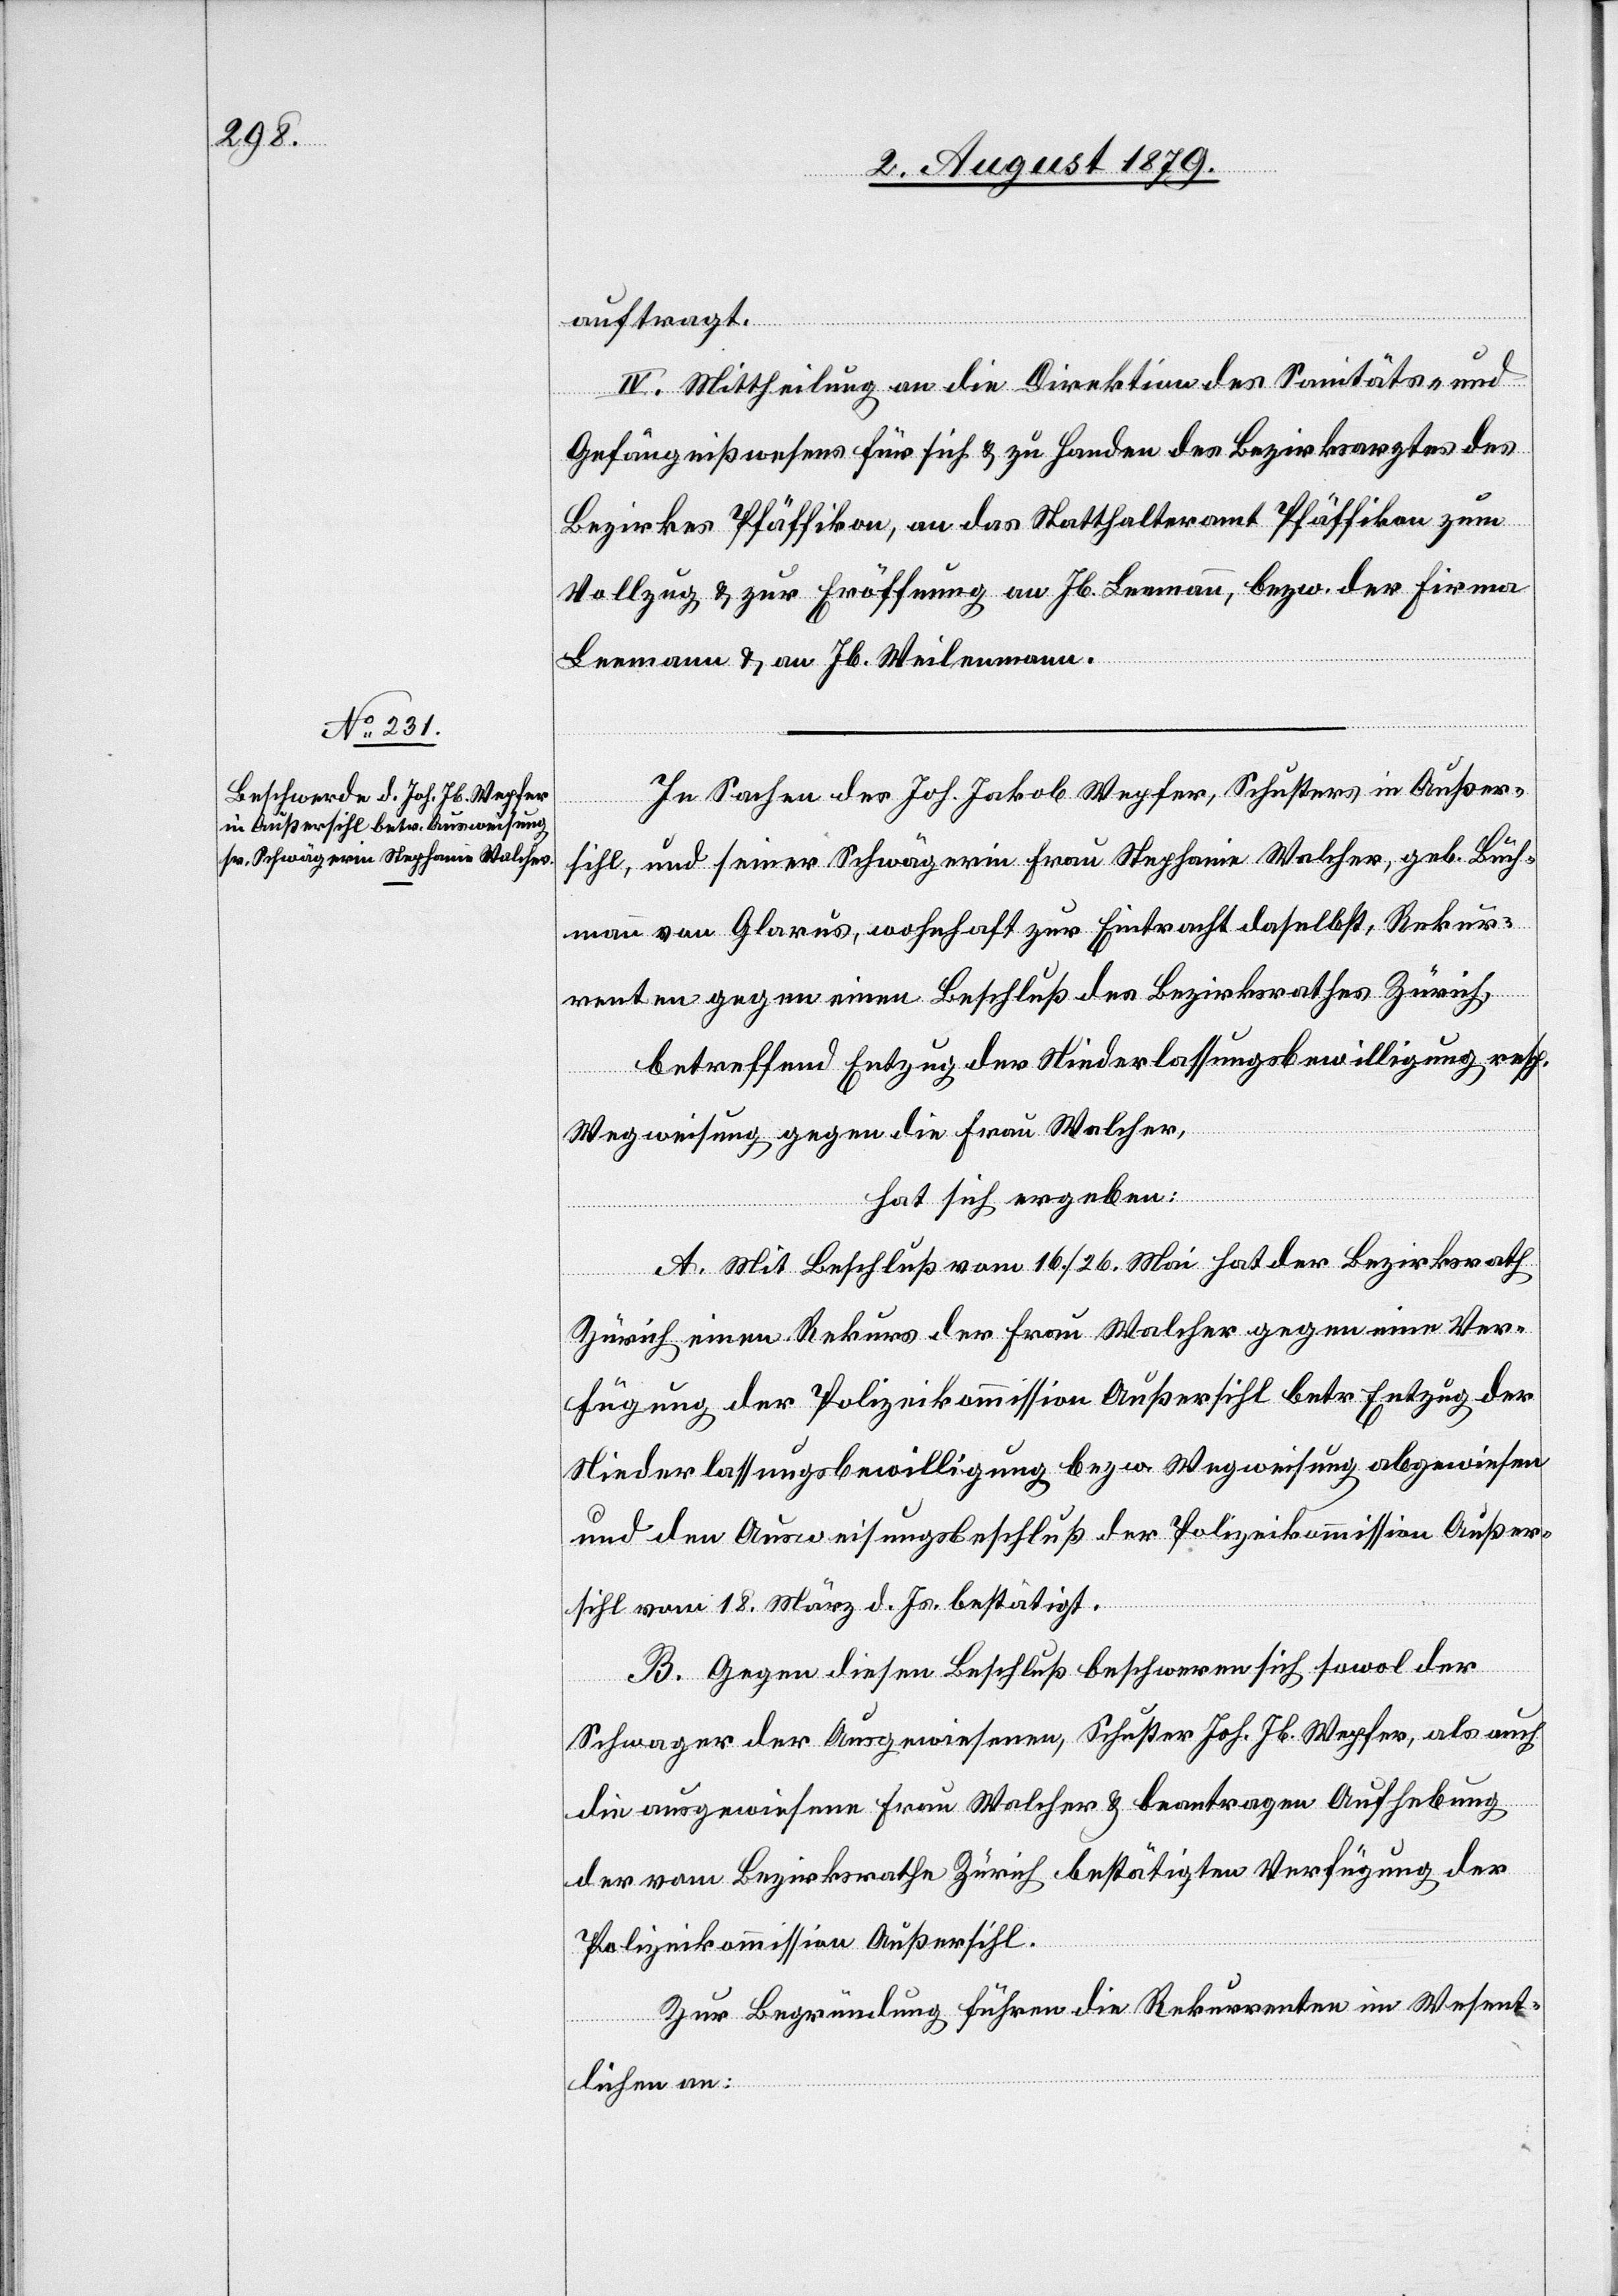
auftragt.
IV. Mittheilung an die Direktion des Sanitäts- &
Gefängnißwesens für sich & zu Handen des Bezirksarztes des
Bezirkes Pfäffikon, an das Statthalteramt Pfäffikon zum
Vollzug & zur Eröffnung an Jb. Leemann, bezw. der Firma
Leemann & an Jb. Weilenmann.
In Sachen des Joh. Jakob Wepfer, Schusters in Außer¬
sihl, und seiner Schwägerin Frau Stephanie Walcher, geb. Buch¬
mann von Glarus, wohnhaft zur Eintracht daselbst, Rekur¬
renten gegen einen Beschluß des Bezirksrathes Zürich,
betreffend Entzug der Niederlassungsbewilligung resp.
Wegweisung gegen die Frau Walcher,
hat sich ergeben:
A. Mit Beschluß vom 16./26. Mai hat der Bezirksrath
Zürich einen Rekurs der Frau Walcher gegen eine Ver¬
fügung der Polizeikommission Außersihl betr. Entzug der
Niederlassungsbewilligung bezw. Wegweisung abgewiesen
und den Ausweisungsbeschluß der Polizeikommission Außer¬
sihl vom 18. März d. Js. bestätigt.
B. Gegen dieses Beschluß beschweren sich sowol der
Schwager der Ausgewiesenen, Schuster Joh. Jb. Wepfer, als auch
die ausgewiesene Frau Walcher & beantragen Aufhebung
der vom Bezirksrath Zürich bestätigten Verfügung der
Polizeikommission Außersihl.
Zur Begründung führen die Rekurrenten im Wesent¬
lichen an: